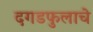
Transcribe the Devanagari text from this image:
दगडफुलाचे